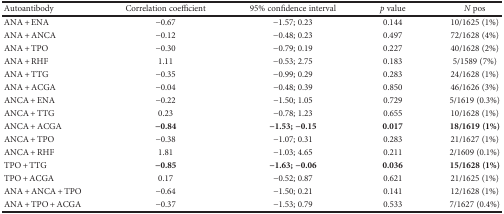
<table><thead><tr><td><b>Autoantibody</b></td><td><b>Correlation coefficient</b></td><td><b>95% confidence interval</b></td><td><b><i>p</i> value</b></td><td><b><i>N</i> pos</b></td></tr></thead><tbody><tr><td>ANA + ENA</td><td>−0.67</td><td>−1.57; 0.23</td><td>0.144</td><td>10/1625 (1%)</td></tr><tr><td>ANA + ANCA</td><td>−0.12</td><td>−0.48; 0.23</td><td>0.497</td><td>72/1628 (4%)</td></tr><tr><td>ANA + TPO</td><td>−0.30</td><td>−0.79; 0.19</td><td>0.227</td><td>40/1628 (2%)</td></tr><tr><td>ANA + RHF</td><td>1.11</td><td>−0.53; 2.75</td><td>0.183</td><td>5/1589 (7%)</td></tr><tr><td>ANA + TTG</td><td>−0.35</td><td>−0.99; 0.29</td><td>0.283</td><td>24/1628 (1%)</td></tr><tr><td>ANA + ACGA</td><td>−0.04</td><td>−0.48; 0.39</td><td>0.850</td><td>46/1626 (3%)</td></tr><tr><td>ANCA + ENA</td><td>−0.22</td><td>−1.50; 1.05</td><td>0.729</td><td>5/1619 (0.3%)</td></tr><tr><td>ANCA + TTG</td><td>0.23</td><td>−0.78; 1.23</td><td>0.655</td><td>10/1628 (1%)</td></tr><tr><td>ANCA + ACGA</td><td><b>−0.84</b></td><td><b>−1.53; −0.15</b></td><td><b>0.017</b></td><td><b>18/1619 (1%)</b></td></tr><tr><td>ANCA + TPO</td><td>−0.38</td><td>−1.07; 0.31</td><td>0.283</td><td>21/1627 (1%)</td></tr><tr><td>ANCA + RHF</td><td>1.81</td><td>−1.03; 4.65</td><td>0.211</td><td>2/1609 (0.1%)</td></tr><tr><td>TPO + TTG</td><td><b>−0.85</b></td><td><b>−1.63; −0.06</b></td><td><b>0.036</b></td><td><b>15/1628 (1%)</b></td></tr><tr><td>TPO + ACGA</td><td>0.17</td><td>−0.52; 0.87</td><td>0.621</td><td>21/1625 (1%)</td></tr><tr><td>ANA + ANCA + TPO</td><td>−0.64</td><td>−1.50; 0.21</td><td>0.141</td><td>12/1628 (1%)</td></tr><tr><td>ANA + TPO + ACGA</td><td>−0.37</td><td>−1.53; 0.79</td><td>0.533</td><td>7/1627 (0.4%)</td></tr></tbody></table>